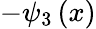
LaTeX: -\psi_{3}\left(x\right)